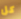
كل